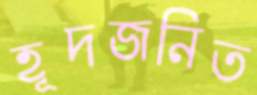
হূদজনিত